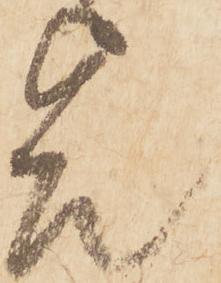
節